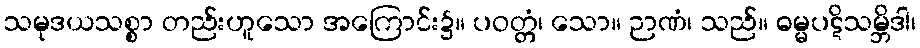
သမုဒယသစ္စာ တည်းဟူသော အကြောင်း၌။ ပဝတ္တံ၊ သော။ ဉာဏံ၊ သည်။ ဓမ္မပဋိသမ္ဘိဒါ၊